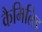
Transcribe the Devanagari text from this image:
कैमिलिड